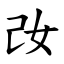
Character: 妀